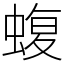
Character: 蝮